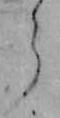
ら